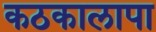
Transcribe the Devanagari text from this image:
कठकालापा